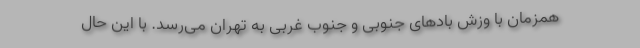
همزمان با وزش بادهای جنوبی و جنوب غربی به تهران می‌رسد. با این حال